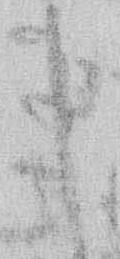
申